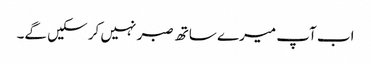
اب آپ میرے ساتھ صبر نہیں کر سکیں گے۔